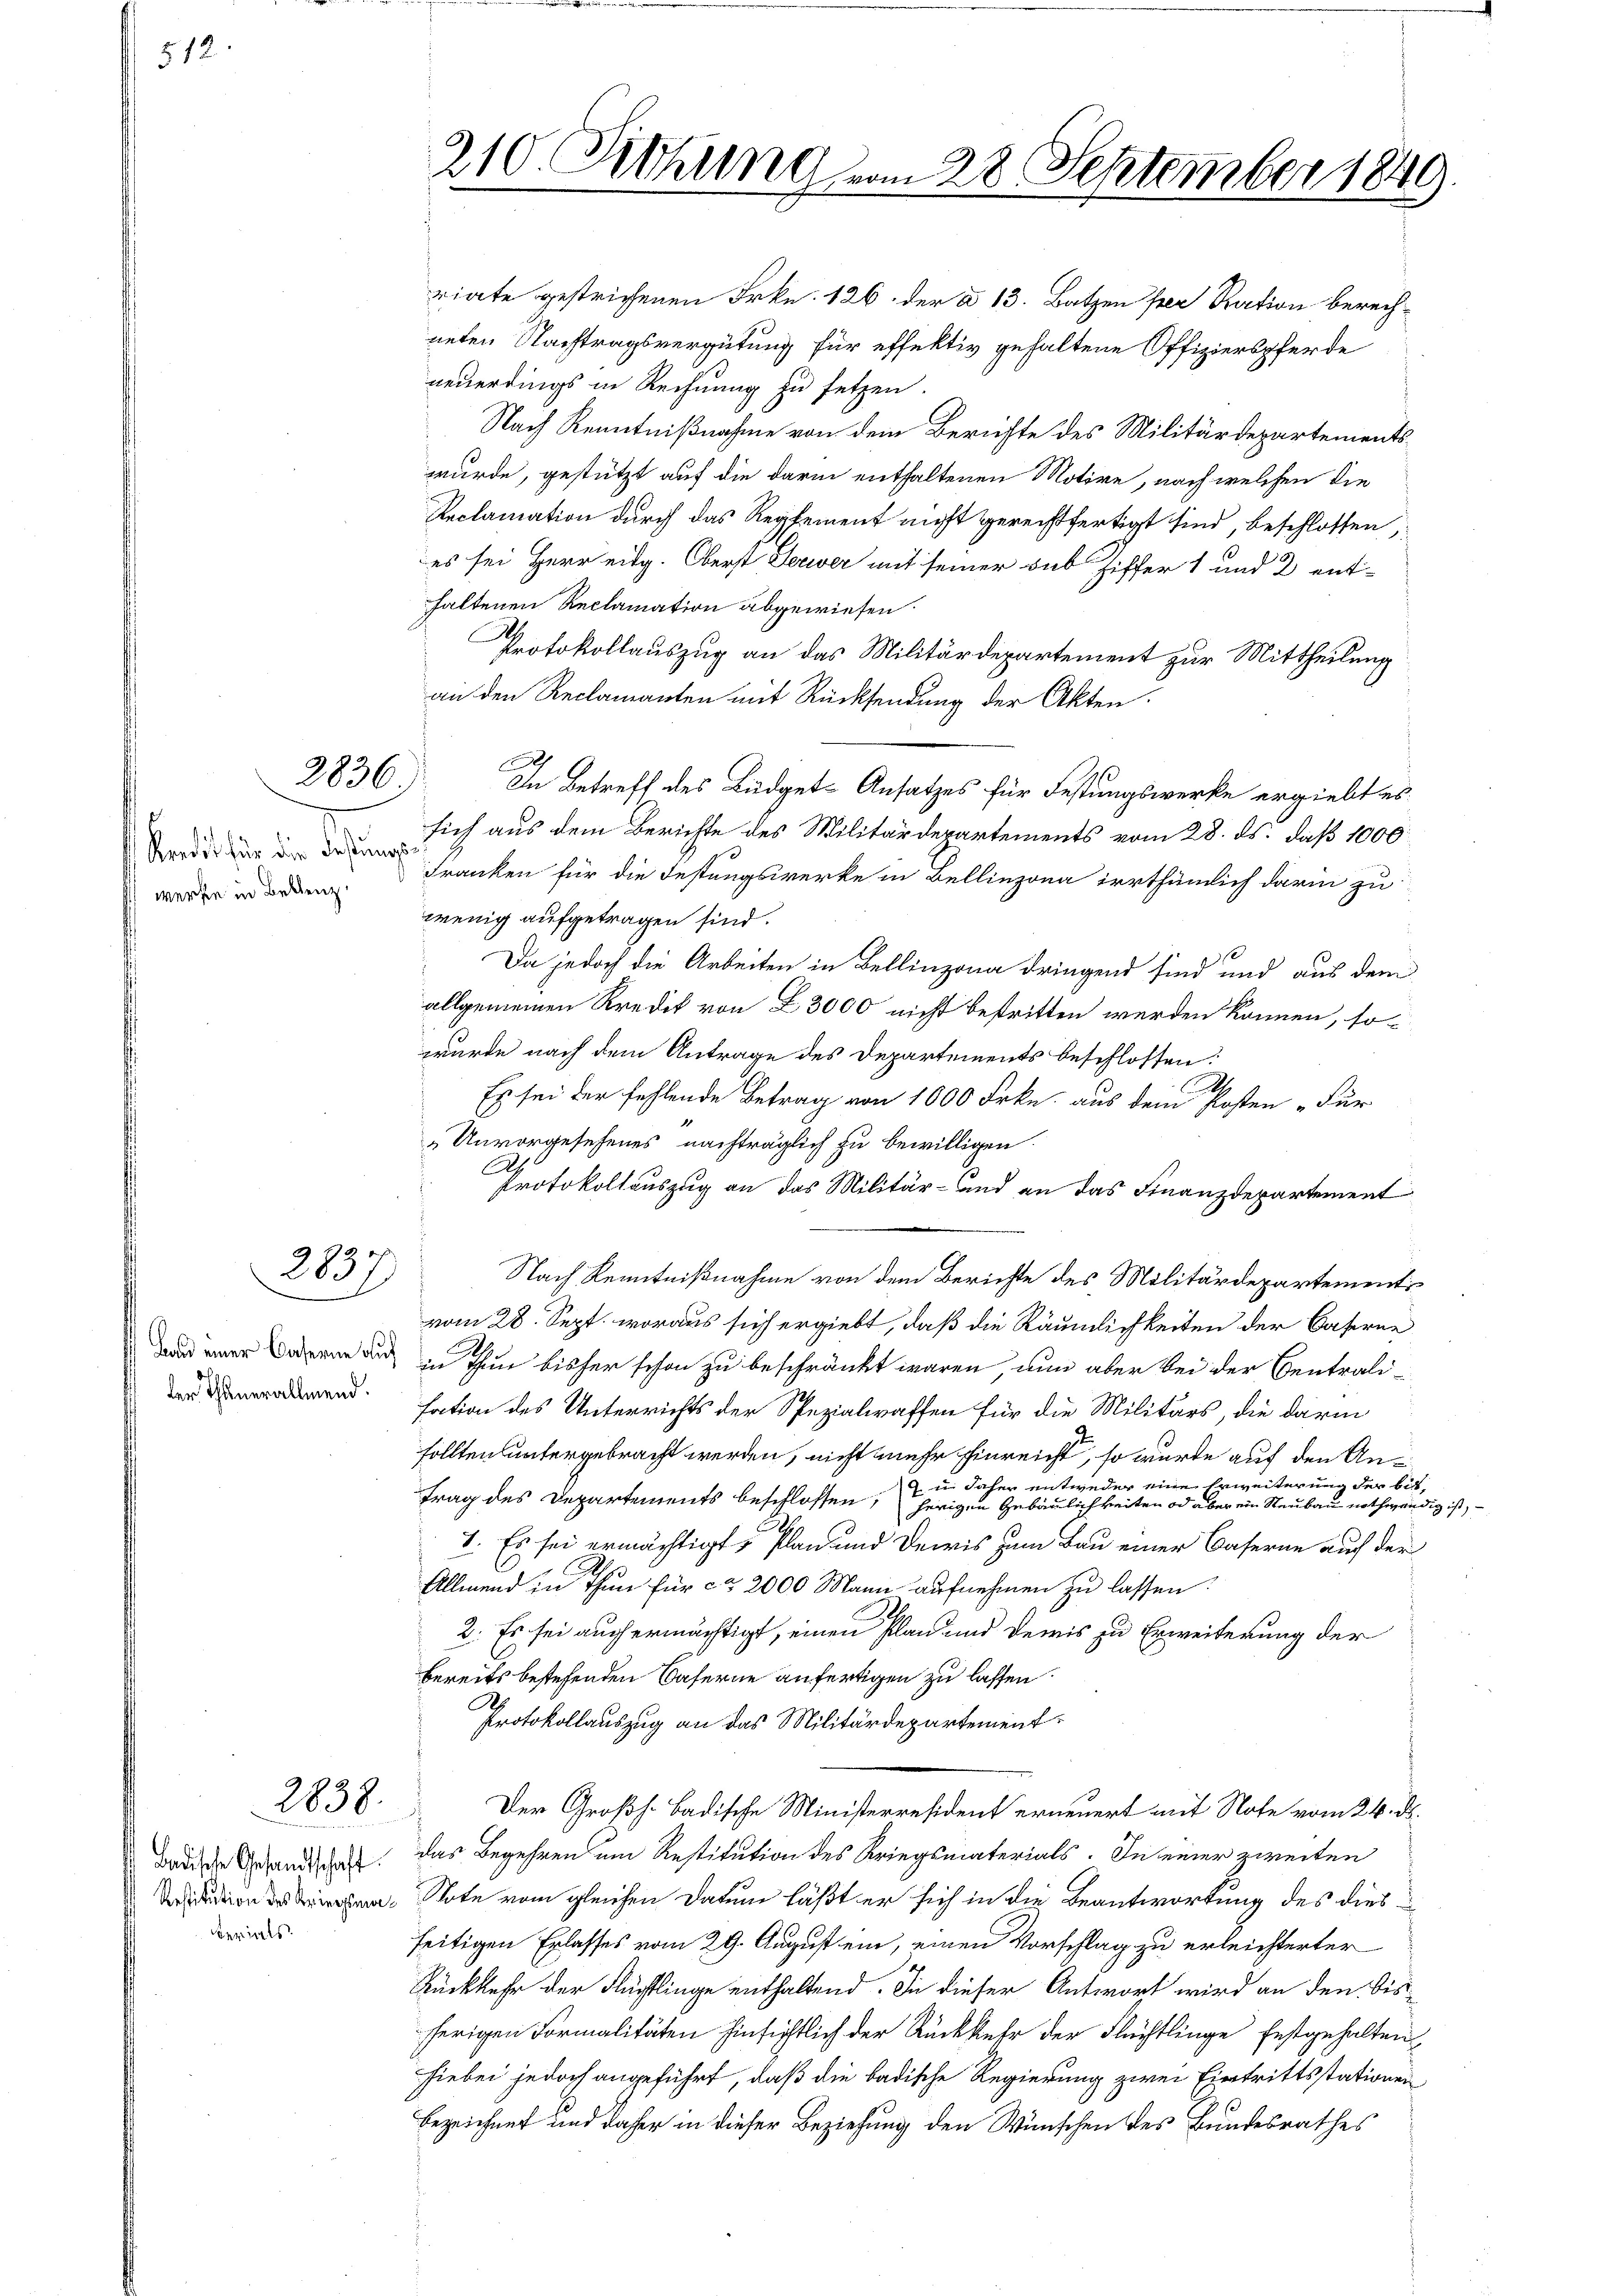
512

2836

Kredit für die Festungs

2837.

2838.

Badische Gesandtschaft
Restitution des Kriegsmaerials

riate gestrichenen Frkn. 126. der a 13. Batzen per Ration berechneten Nachtragsvergütung für effektiv gehaltene Offizierspferde
neuerdings in Rechnung zu setzen.
Nach Kenntnißnahme von dem Berichte des Militärdepartementswurde, gestützt auf die darin enthaltenen Motive, nach welchen die
Reclamation durch das Reglement nicht gerechtfertigt sind, beschlossen,
es sei Herr eidg. Oberst Jerwer mit seiner sub Ziffer 1 und 2 ent-
haltenen Reclamation abgewiesen.
Protokollauszug an das Militärdepartement zur Mittheilung
an den Reclamanten mit Rücksendung der Akten.
In Betreff des Büdget-Ansatzes für Festungswerke ergiebt es
sich aus dem Berichte des Militärdepartements vom 28. ds. daß 1000
wer werden Franken für die Festungswerke in Bellinzona irrthümlich darin zu
wenig aufgetragen sind.
10
Da jedoch die Arbeiten in Bellinzona dringend sind und aus dem
allgemeinen Kredit von § 3000 nicht bestritten werden können, sowurde nach dem Antrage des Departements beschlossen:
Es sei der fehlende Betrag von 1000 Frkn. aus dem Posten Für
„Unvorgesehenes nachträglich zu bewilligen.
A.
Protokollauszug an das Militär- und an das Finanzdepartement
Nach Kenntnißnahme von dem Berichte des Militärdepartement
vom 28. Sept. woraus sich ergiebt, daß die Räumlichkeiten der Caferne
   in Thun bisher schon zu beschränkt waren, nun aber bei der Centrali-
dend sation des Unterrichts der Spezialwaffen für die Militärs, die darin
sollten untergebracht werden, nicht mehr hinreicht, so würde auf den An¬
u daher entweder eine Erweiterung der bittrag des Departements beschlossen, herigen Gebäulichkeiten od aber ein Neubau nothwendig ist,
I. Es sei ermächtigt, Plan und Decis zum Bau einer Caserne auch der
Allmend in Thun für ca 2000 Mann aufnehmen zu lassen.
2. Es sei auch ermächtigt, einen Plan und deris zu Erweiterung der
bereits bestehenden Caferne anfertigen zu lassen.
Protokollauszug an das Militärdepartement
Der Großh. Badische Ministerresident erneuert mit Note vom 24. ds.
das Begehren um Restitution des Kriegsmaterials. In einer zweiten
Tote vom gleichen Datum läßt er sich in die Beantwortung des dies
seitigen Erlasses vom 29. August ein, einen Vorschlag zu erleichterter
Rückkehr der Flüchtlinge enthaltend. In dieser Antwort wird an den bisherigen Formalitäten hinsichtlich der Rückkehr der Flüchtlinge festgehalten
hiebei jedoch angeführt, daß die badische Regierung zwei Eintrittstationen
Bezeichnet und daher in dieser Beziehung den Wünschen des Bundesrathes

210. Sitzung vom 28. September 1849.

A